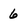
Character: 6